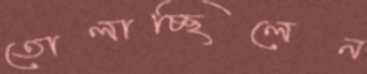
তোলাচ্ছিলেন